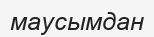
маусымдан